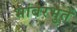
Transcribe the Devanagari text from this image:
भांबरभुतें